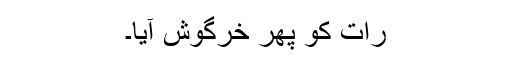
رات کو پھر خرگوش آیا۔